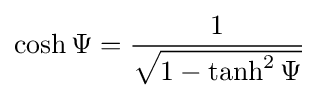
\cosh \Psi ={\frac {1}{\sqrt {1-\tanh ^{2}\Psi }}}